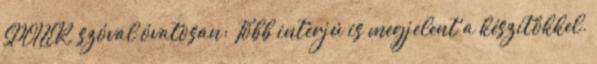
SPOILER, szóval óvatosan: Több interjú is megjelent a készítőkkel.